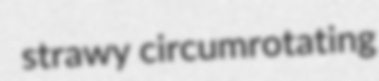
strawy circumrotating